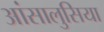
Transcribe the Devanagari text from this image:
आंसालुसिया